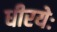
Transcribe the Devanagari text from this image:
धीरयेः